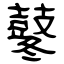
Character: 鼕